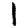
Digit: 1